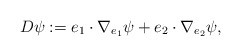
\begin{align*}D\psi:=e_1\cdot\nabla_{e_1}\psi+e_2\cdot\nabla_{e_2}\psi,\end{align*}